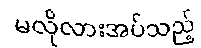
မလိုလားအပ်သည့်